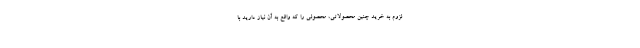
لزوم به خرید چنین محصولاتی، محصولی را که واقع به آن نیاز دارید با